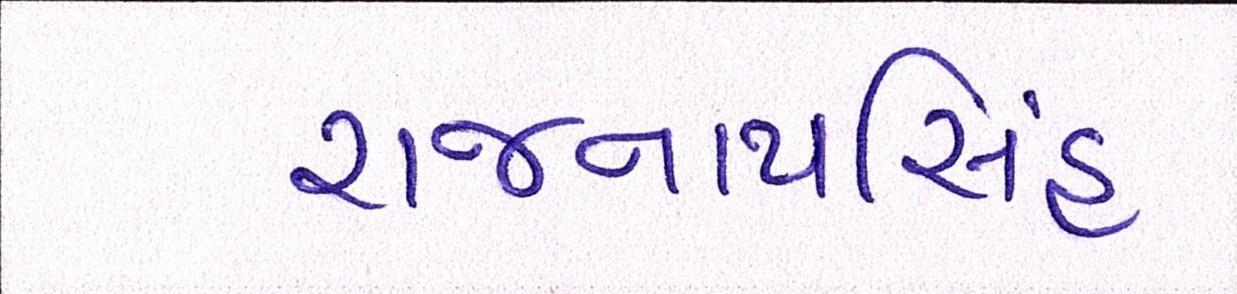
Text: રાજનાથસિંહ